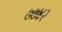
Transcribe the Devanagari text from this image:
७७४२